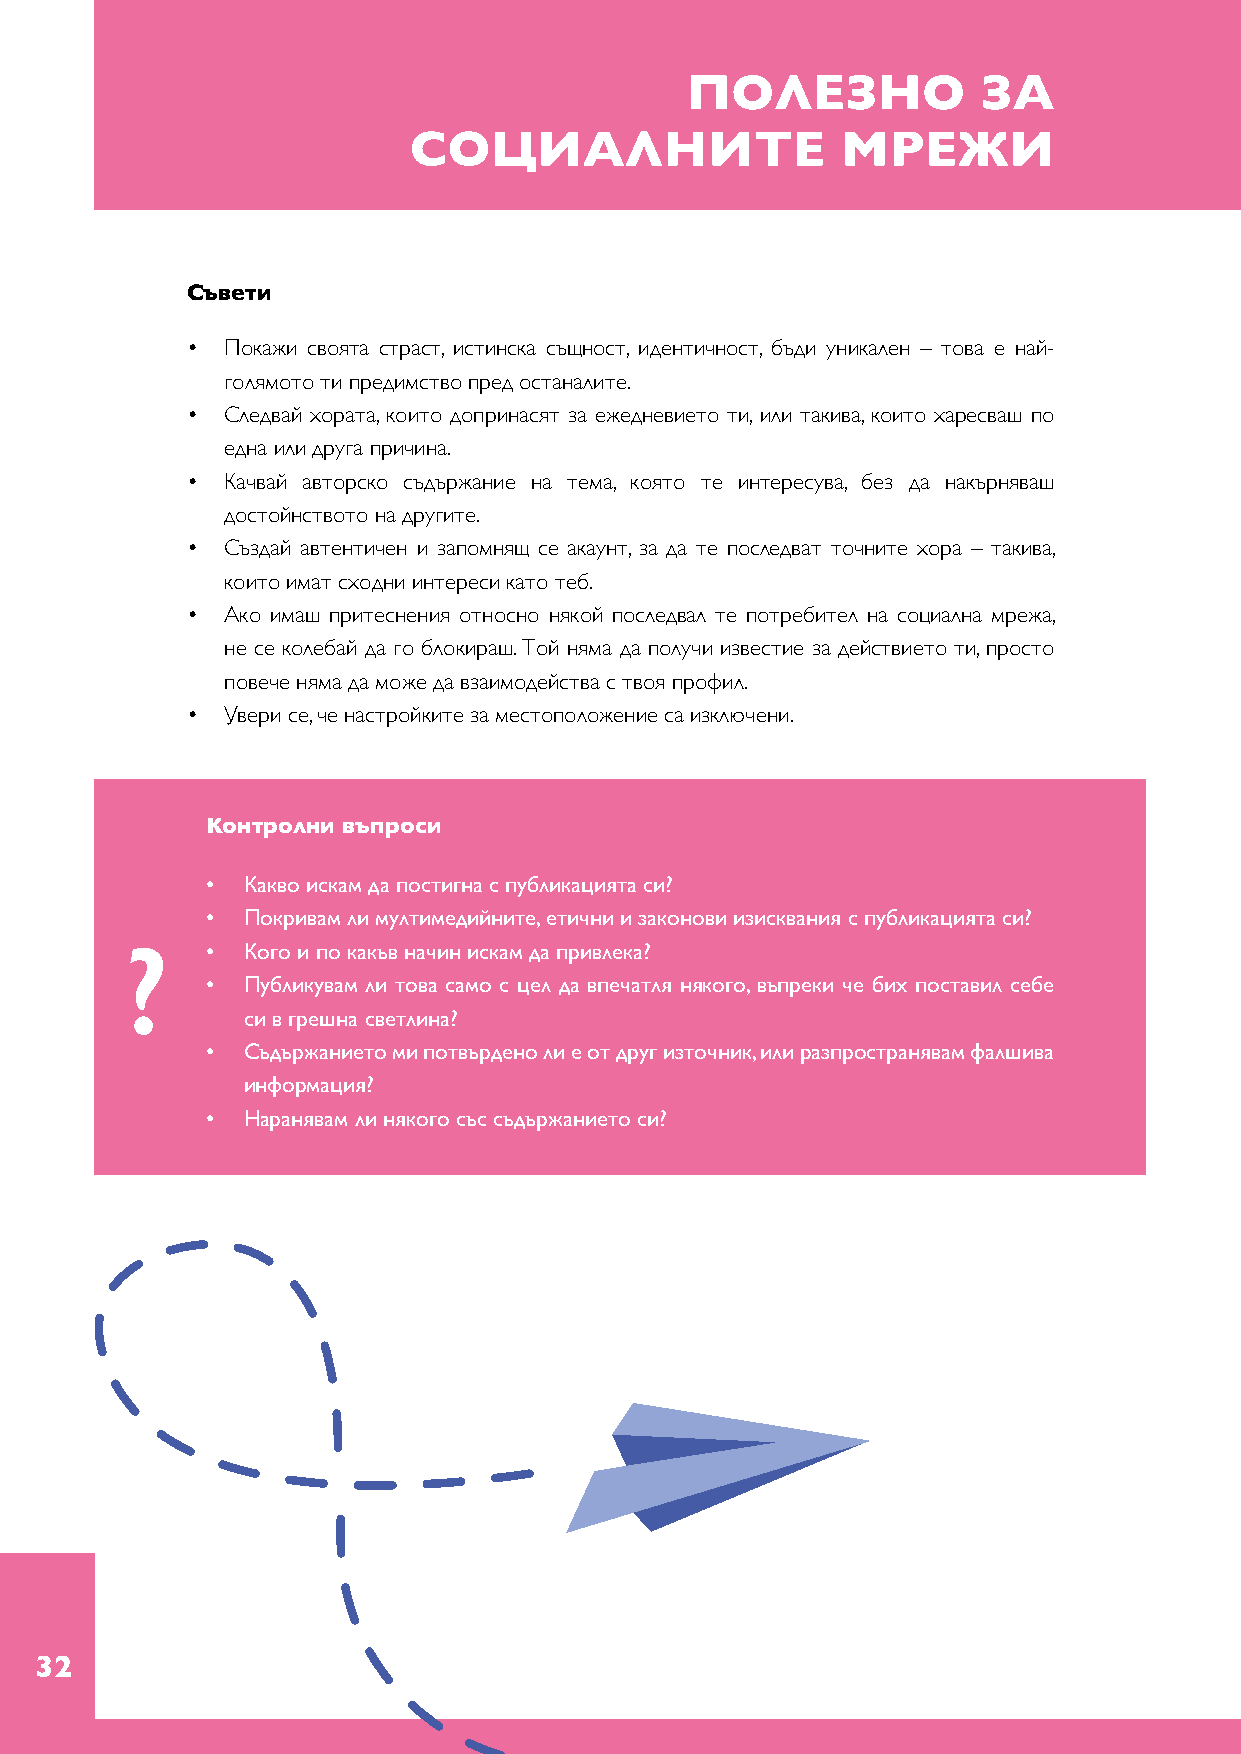
ПОЛЕЗНО             ЗА
 СОЦИАЛНИТЕ                   МРЕЖИ
 Съвети
 •  Покажи своята страст, истинска същност, идентичност, бъди уникален – това е най-
 голямото ти предимство пред останалите.
 •  Следвай хората, които допринасят за ежедневието ти, или такива, които харесваш по
 една или друга причина.
 •  Качвай авторско съдържание на тема, която те интересува, без да накърняваш
 достойнството на другите.
 •  Създай автентичен и запомнящ се акаунт, за да те последват точните хора – такива,
 които имат сходни интереси като теб.
 •  Ако имаш притеснения относно някой последвал те потребител на социална мрежа,
 не се колебай да го блокираш. Той няма да получи известие за действието ти, просто
 повече няма да може да взаимодейства с твоя профил.
 •  Увери се, че настройките за местоположение са изключени.
 Контролни въпроси
 • Какво искам да постигна с публикацията си?
 • Покривам ли мултимедийните, етични и законови изисквания с публикацията си?
 ?     • Кого и по какъв начин искам да привлека?
 • Публикувам ли това само с цел да впечатля някого, въпреки че бих поставил себе
 си в грешна светлина?
 • Съдържанието ми потвърдено ли е от друг източник, или разпространявам фалшива
 информация?
 • Наранявам ли някого със съдържанието си?
 32